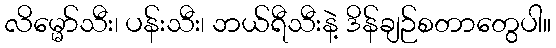
လိမ္မော်သီး၊ ပန်းသီး၊ ဘယ်ရီသီးနဲ့ ဒိန်ချဉ်စတာတွေပါ။